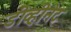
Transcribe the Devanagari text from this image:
डीव्हीनेट